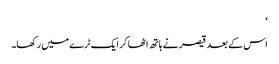
‘
اس کے بعد قیصر نے ہاتھ اٹھا کر ایک ٹرے میں رکھا۔